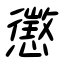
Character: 懲